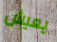
يعيش